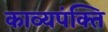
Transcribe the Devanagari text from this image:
काव्यपंक्ति